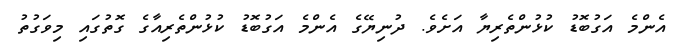
އެންމެ އަގުބޮޑު ކުޅުންތެރިޔާ އަށެވެ. ދުނިޔޭގެ އެންމެ އަގުބޮޑު ކުޅުންތެރިއާގެ ގޮތުގައި މިވަގުތު